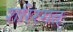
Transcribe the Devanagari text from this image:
शरिरगत